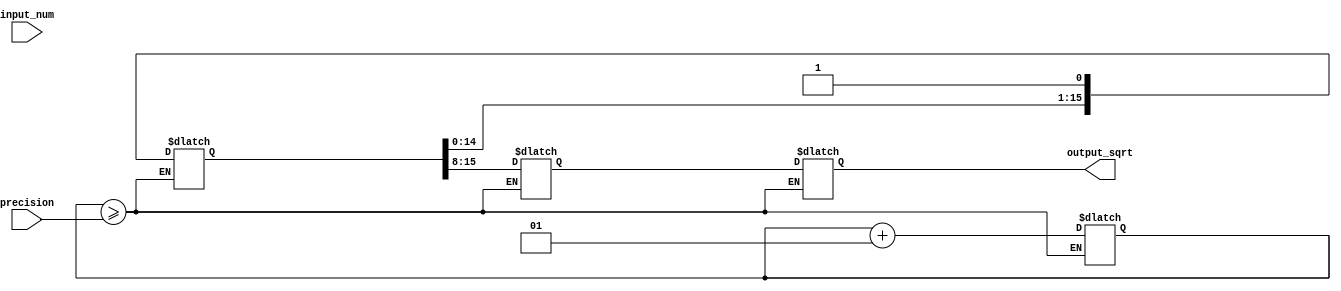
module fixed_point_square_root(
    input signed [7:0] input_num,
    input [3:0] precision,
    output reg signed [7:0] output_sqrt
);

reg signed [31:0] temp_num; // 24 bits for integer part and 8 bits for fractional part
reg signed [7:0] sqrt_num;
reg signed [7:0] delta_num;
reg signed [7:0] precision_count;

reg signed [15:0] multiplier_result;
reg signed [15:0] adder_result;
reg signed [15:0] subtractor_result;
reg signed [15:0] compare_result;

assign multiplier_result = temp_num[15:0] * temp_num[15:0];
assign adder_result = multiplier_result[15:0] + delta_num[15:0];
assign subtractor_result = temp_num[15:0] - delta_num[15:0];
assign compare_result = subtractor_result[15:0] - delta_num[15:0];

always @(*) begin
    if (precision_count >= precision) begin
        sqrt_num <= temp_num[15:8];
        output_sqrt <= sqrt_num;
    end else begin
        if (compare_result[15] == 0 || compare_result[16] == 1) begin
            temp_num <= {temp_num[23:0], 1'b0}; // divide temp_num by 2
            delta_num <= {delta_num[23:0], 1'b1}; // delta_num becomes 0.5
            precision_count <= precision_count + 1;
        end else begin
            temp_num <= {temp_num[23:0], 1'b1}; // keep temp_num as is
            delta_num <= {delta_num[23:0], 1'b0}; // delta_num becomes 0
            precision_count <= precision_count + 1;
        end
    end
end

endmodule